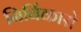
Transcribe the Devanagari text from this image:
निर्विकारो